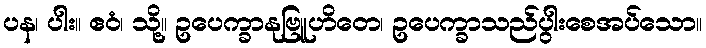
ပန၊ ပါး။ ဧဝံ၊ သို့။ ဥပေက္ခာနုဗြူဟိတေ၊ ဥပေက္ခာသည်ပွါးစေအပ်သော။